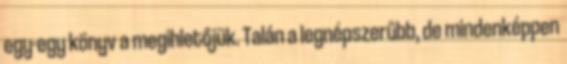
egy-egy könyv a megihletőjük. Talán a legnépszerűbb, de mindenképpen